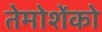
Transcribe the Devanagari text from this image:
तेमोशेंको